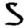
Digit: 5